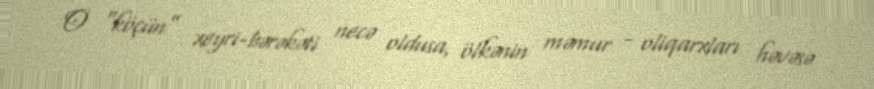
O “köçün” xeyri-bərəkəti necə oldusa, ölkənin məmur - oliqarxları həvəsə